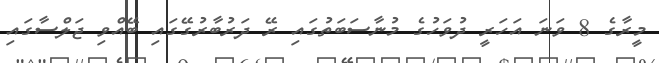
މީރާގެ 8 ވަނަ އަހަރީ ދުވަހުގެ މުނާސަބަތުގައި ރޭ ދަރުބާރުގޭގައި ބޭއްވި ޖަލްސާގައި